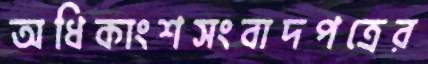
অধিকাংশসংবাদপত্রের